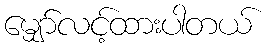
မျှော်လင့်ထားပါတယ်